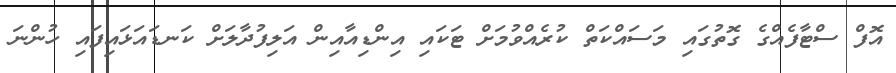
އޮފް ސްޓާފެއްގެ ގޮތުގައި މަސައްކަތް ކުރެއްވުމަށް ޓަކައި އިންޑިއާއިން އަލިފުދާލަށް ކަނޑައަޅައިފައި ހުންނަ